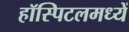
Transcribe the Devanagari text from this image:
हॉस्पिटलमध्यें